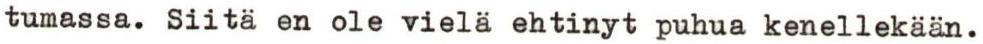
tumassa. Siitä en ole vielä ehtinyt puhua kenellekään.